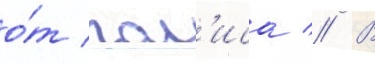
о́т пол'иса // В